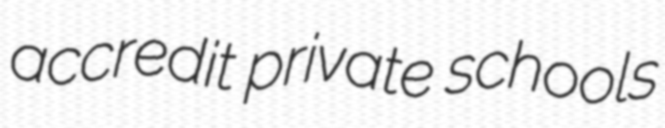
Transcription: accredit private schools